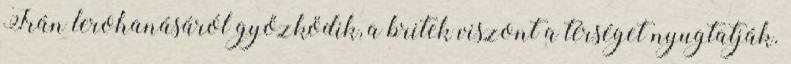
Irán lerohanásáról győzködik, a britek viszont a térséget nyugtatják.